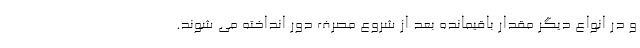
و در انواع دیگر مقدار باقیمانده بعد از شروع مصرف دور انداخته می شوند.